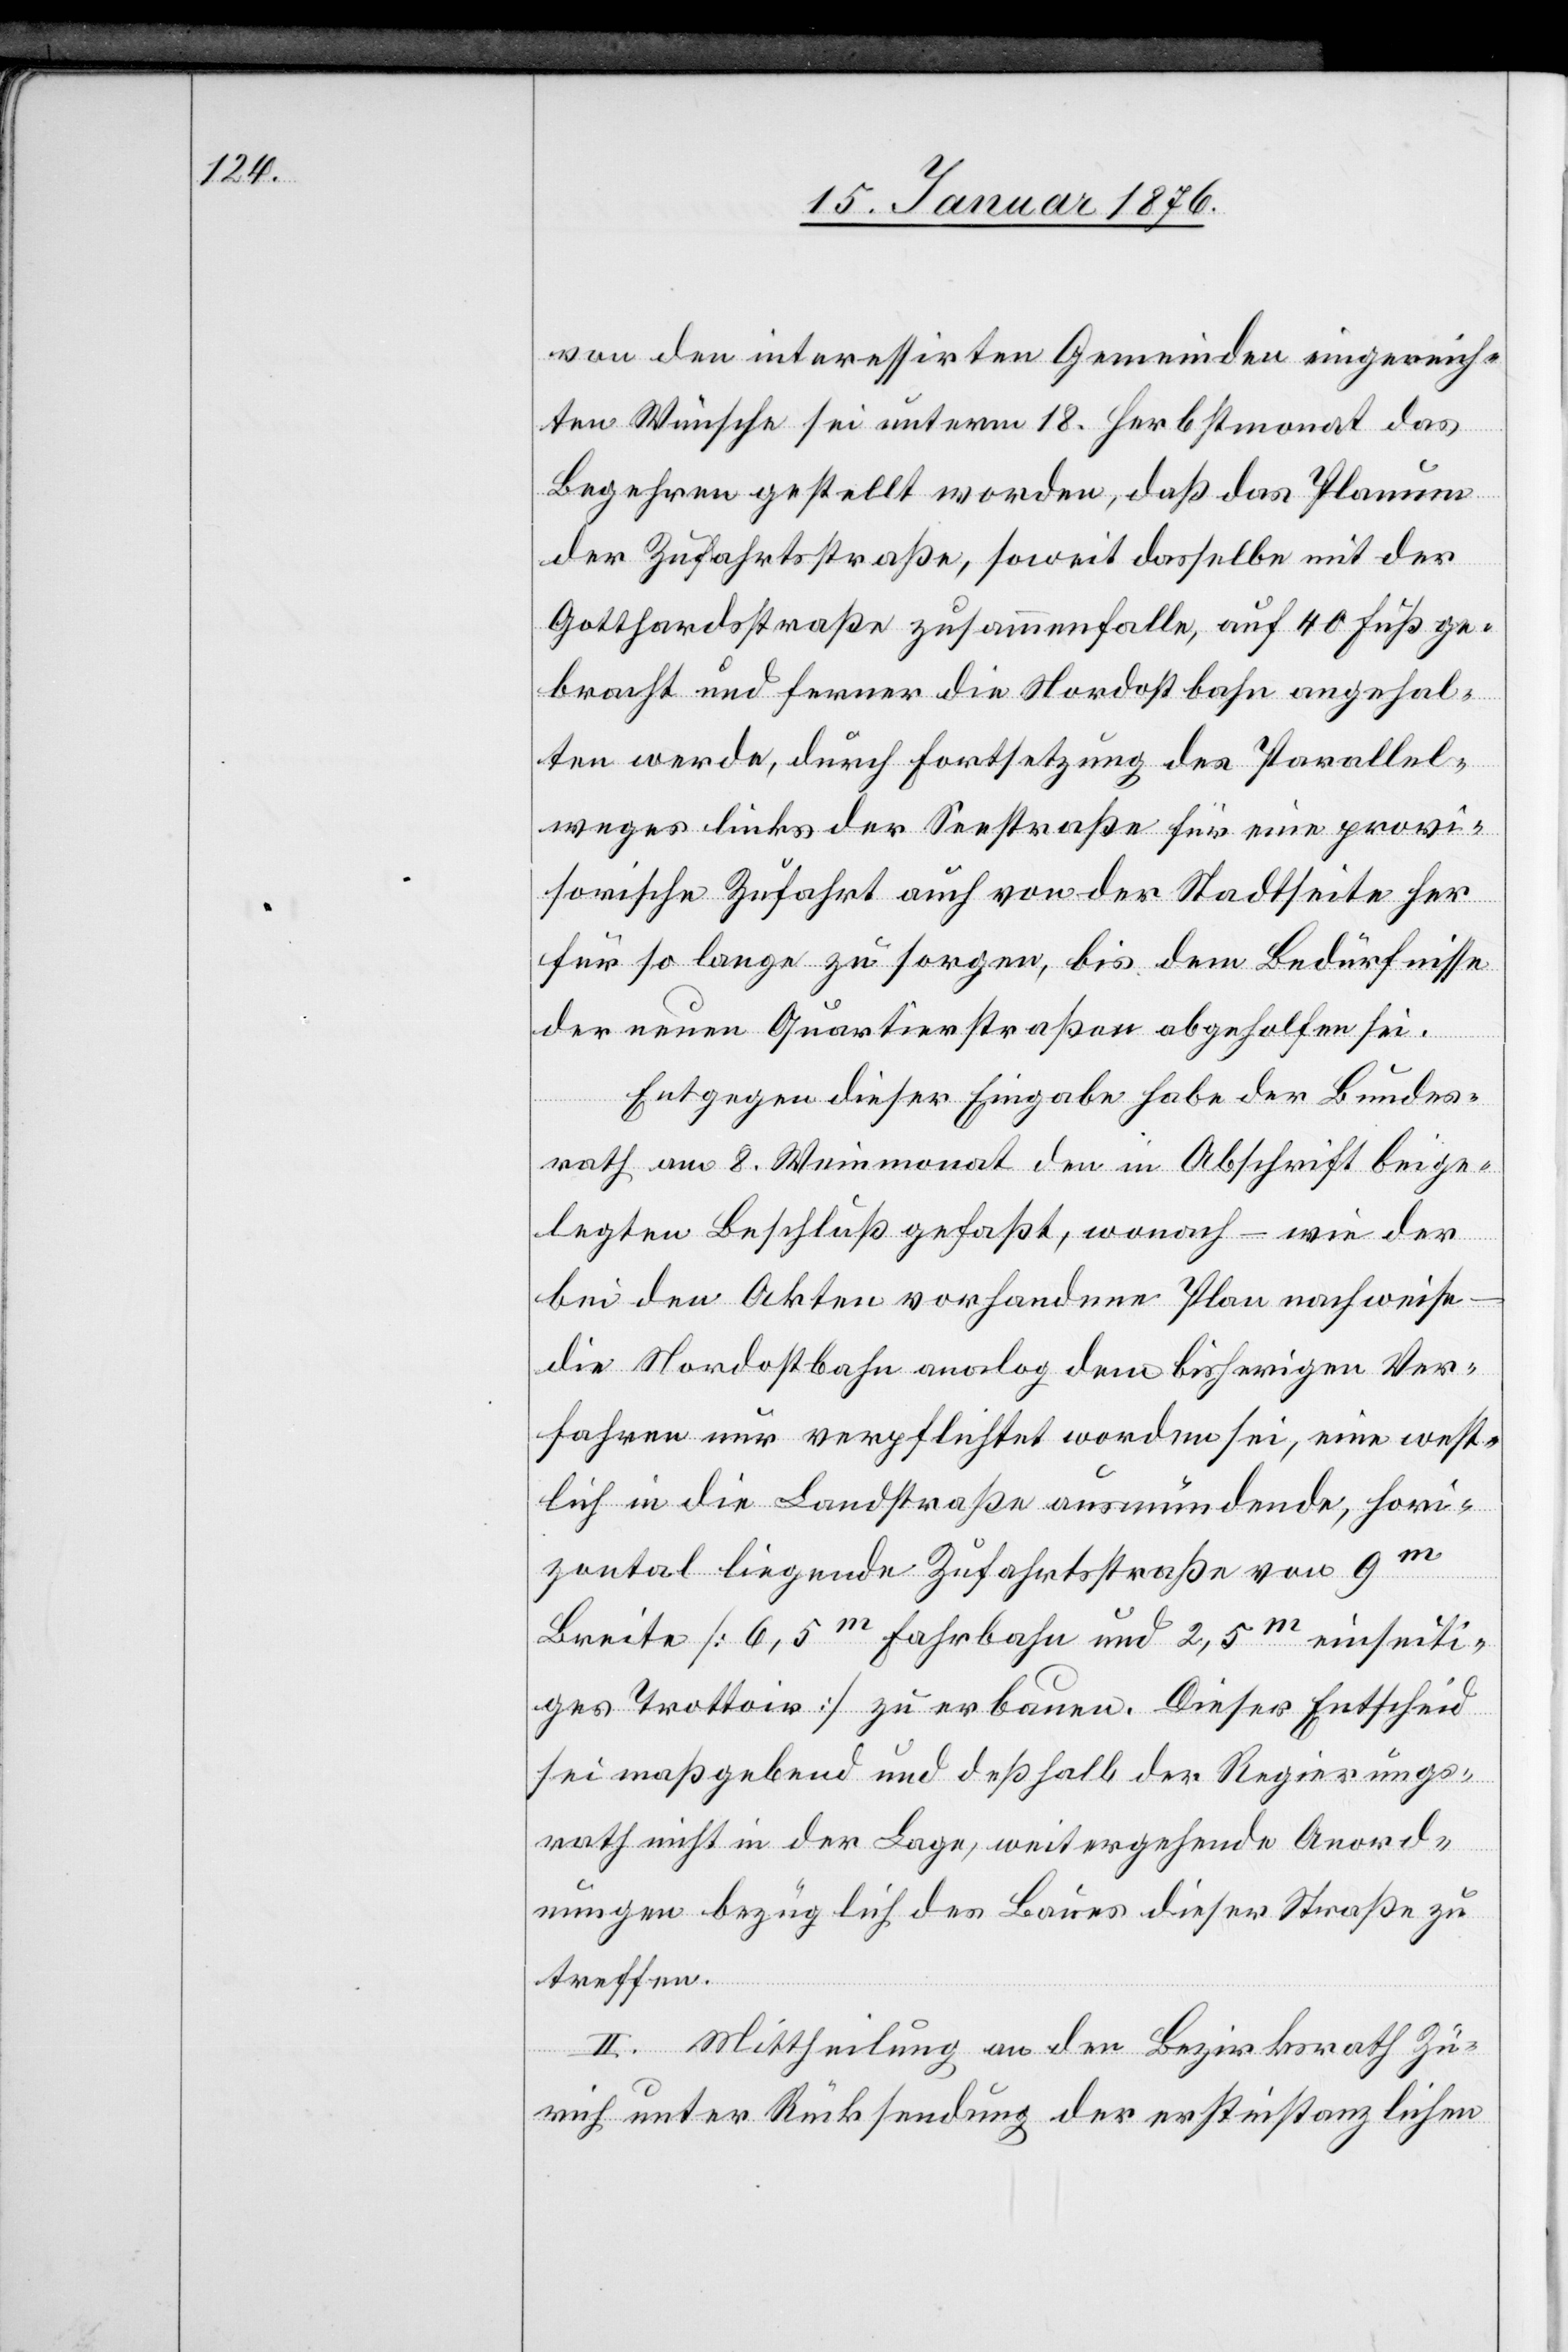
von den interessirten Gemeinden eingereich¬
ten Wünsche sei unterm 18. Herbstmonat das
Begehren gestellt worden, daß das Planum
der Zufahrtsstraße, soweit dasselbe mit der
Gotthardstraße zusammenfalle, auf 40 Fuß ge¬
bracht und ferner die Nordostbahn angehal¬
ten werde, durch Fortsetzung des Parallel¬
weges links der Seestraße für eine provi¬
sorische Zufahrt auch von der Stadtseite her
für so lange zu sorgen, bis dem Bedürfnisse
der neuen Quartierstraßen abgeholfen sei.
Entgegen dieser Eingabe habe der Bundes¬
rath am 8. Weinmonat den in Abschrift beige¬
legten Beschluß gefaßt, wonach – wie der
bei den Akten vorhandene Plan nachweise
die Nordostbahn analog dem bisherigen Ver¬
fahren nur verpflichtet worden sei, eine west¬
lich in die Landstraße ausmündende, hori¬
zontal liegende Zufahrtsstraße von 9m
Breite [6,5m Fahrbahn und 2,5m einseiti¬
ges Trottoir] zu erbauen. Dieser Entscheid
sei maßgebend und deßhalb der Regierungs¬
rath nicht in der Lage, weitergehende Anord¬
nungen bezüglich des Baues dieser Straße zu
treffen.
II. Mittheilung an den Bezirksrath Zü¬
rich unter Rücksendung der erstinstanzlichen